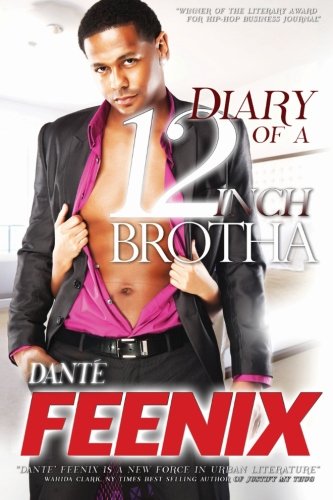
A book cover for Diary Of A 12 Inch Brotha!: "The Ruler is Back" (12 Inch Brotha Trilogy) (Volume 1); Dante' Feenix; Romance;